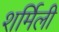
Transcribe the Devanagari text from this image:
शर्मिली